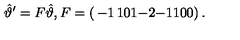
\hat { \vartheta } ^ { \prime } = F \hat { \vartheta } , F = \left( \begin{matrix} { - 1 } & { 1 } & { 0 } \\ { 1 } & { - 2 } & { - 1 } \\ { 1 } & { 0 } & { 0 } \\ \end{matrix} \right) .